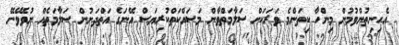
އެހިނިތުުންވުމުން މިންހާ ކިތަންމެ ވަރަކަށް ސަލާމަތްވާން މަސައްކަތްކުރިޔަސް އޭނަގެ އަތްދަށުން ސަލާމަތެއް ނުވެވޭނޭ